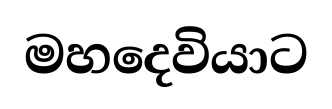
මහදෙවියාට